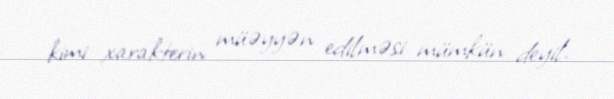
kimi xarakterin müəyyən edilməsi mümkün deyil.